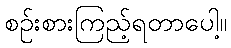
စဉ်းစားကြည့်ရတာပေါ့။